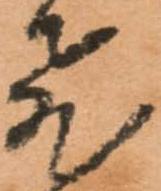
飛